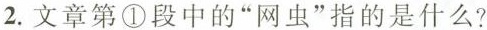
2.文章第①段中的”网虫”指的是什么?